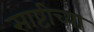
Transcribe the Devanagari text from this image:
साष्टीच्या